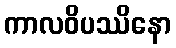
ကာလဝိပဿိနော